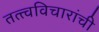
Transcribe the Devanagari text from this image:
तत्त्वविचारांची